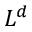
L ^ { d }